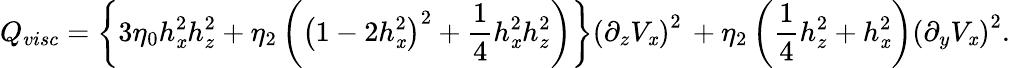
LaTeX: Q_{visc}=\left\{ 3\eta_{0}h_{\mathit{x}}^{2}h_{z}^{2}+\eta_{2}\left(\left(1-2h_{\mathit{x}}^{2}\right)^{2}+\frac{{1}}{{4}}h_{\mathit{x}}^{2}h_{z}^{2}\right)\right\} \left(\partial_{z}V_{\mathit{x}}\right)^{2}\, +\eta_{2}\left(\frac{{1}}{{4}}h_{z}^{2}+h_{\mathit{x}}^{2}\right)\left(\partial_{y}V_{\mathit{x}}\right)^{2}.